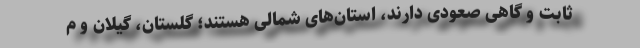
ثابت و گاهی صعودی دارند، استان‌های شمالی هستند؛ گلستان، گیلان و م